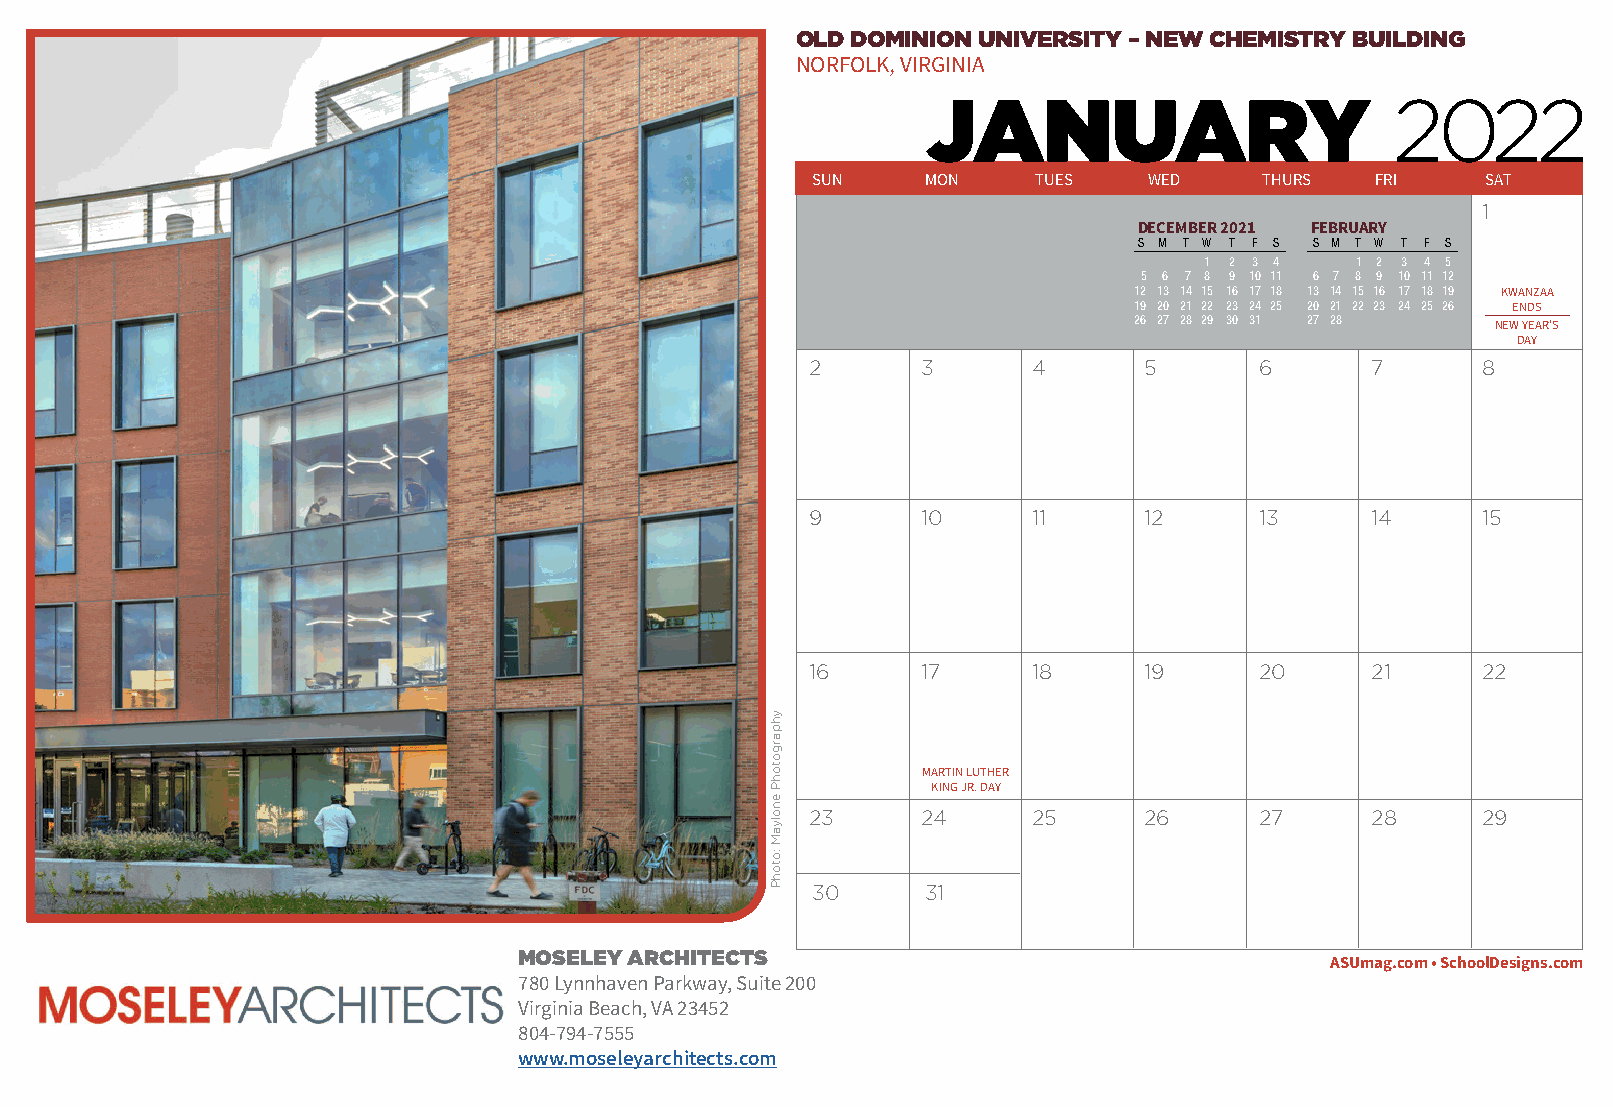
OLD DOMINION UNIVERSITY – NEW CHEMISTRY BUILDING
 NORFOLK, VIRGINIA
 2022
 JANUARY
 SUN    MON     TUES   WED     THURS  FRI    SAT
 1
 DECEMBER 2021 FEBRUARY
 S M T W T F S S M T W T F S
 1 2 3 4   1 2 3 4 5
 5 6 7 8 9 10 11 6 7 8 9 10 11 12
 12 13 14 15 16 17 18 13 14 15 16 17 18 19 KWANZAA
 19 20 21 22 23 24 25 20 21 22 23 24 25 26 ENDS
 26 27 28 29 30 31 27 28
 NEW YEAR’S
 DAY
 2      3      4       5      6       7      8
 9      10     11      12     13      14     15
 16     17     18      19     20      21     22
 MARTIN LUTHER
 KING JR. DAY
 23     24     25      26     27      28     29
 30     31
 MOSELEY ARCHITECTS
 ASUmag.com • SchoolDesigns.com
 780 Lynnhaven Parkway, Suite 200
 Virginia Beach, VA 23452
 804-794-7555
 www.moseleyarchitects.com
 yhpargotohP
 enolyaM
 :otohP